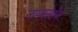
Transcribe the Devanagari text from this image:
नाथसाहेब